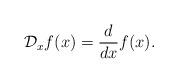
LaTeX: \begin{align*}\mathcal{D}_xf(x)=\frac{d}{dx}f(x). \end{align*}